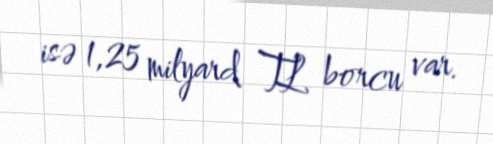
isə 1,25 milyard TL borcu var.